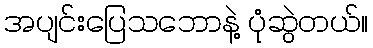
အပျင်းပြေသဘောနဲ့ ပုံဆွဲတယ်။